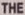
THE